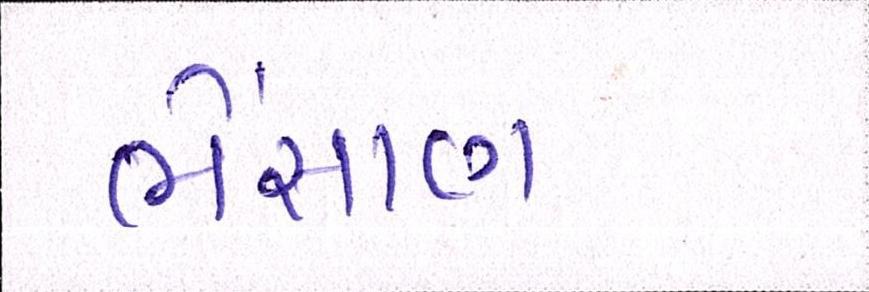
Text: ભેંસાણ